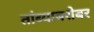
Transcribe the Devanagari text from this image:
तांब्याबरोबर